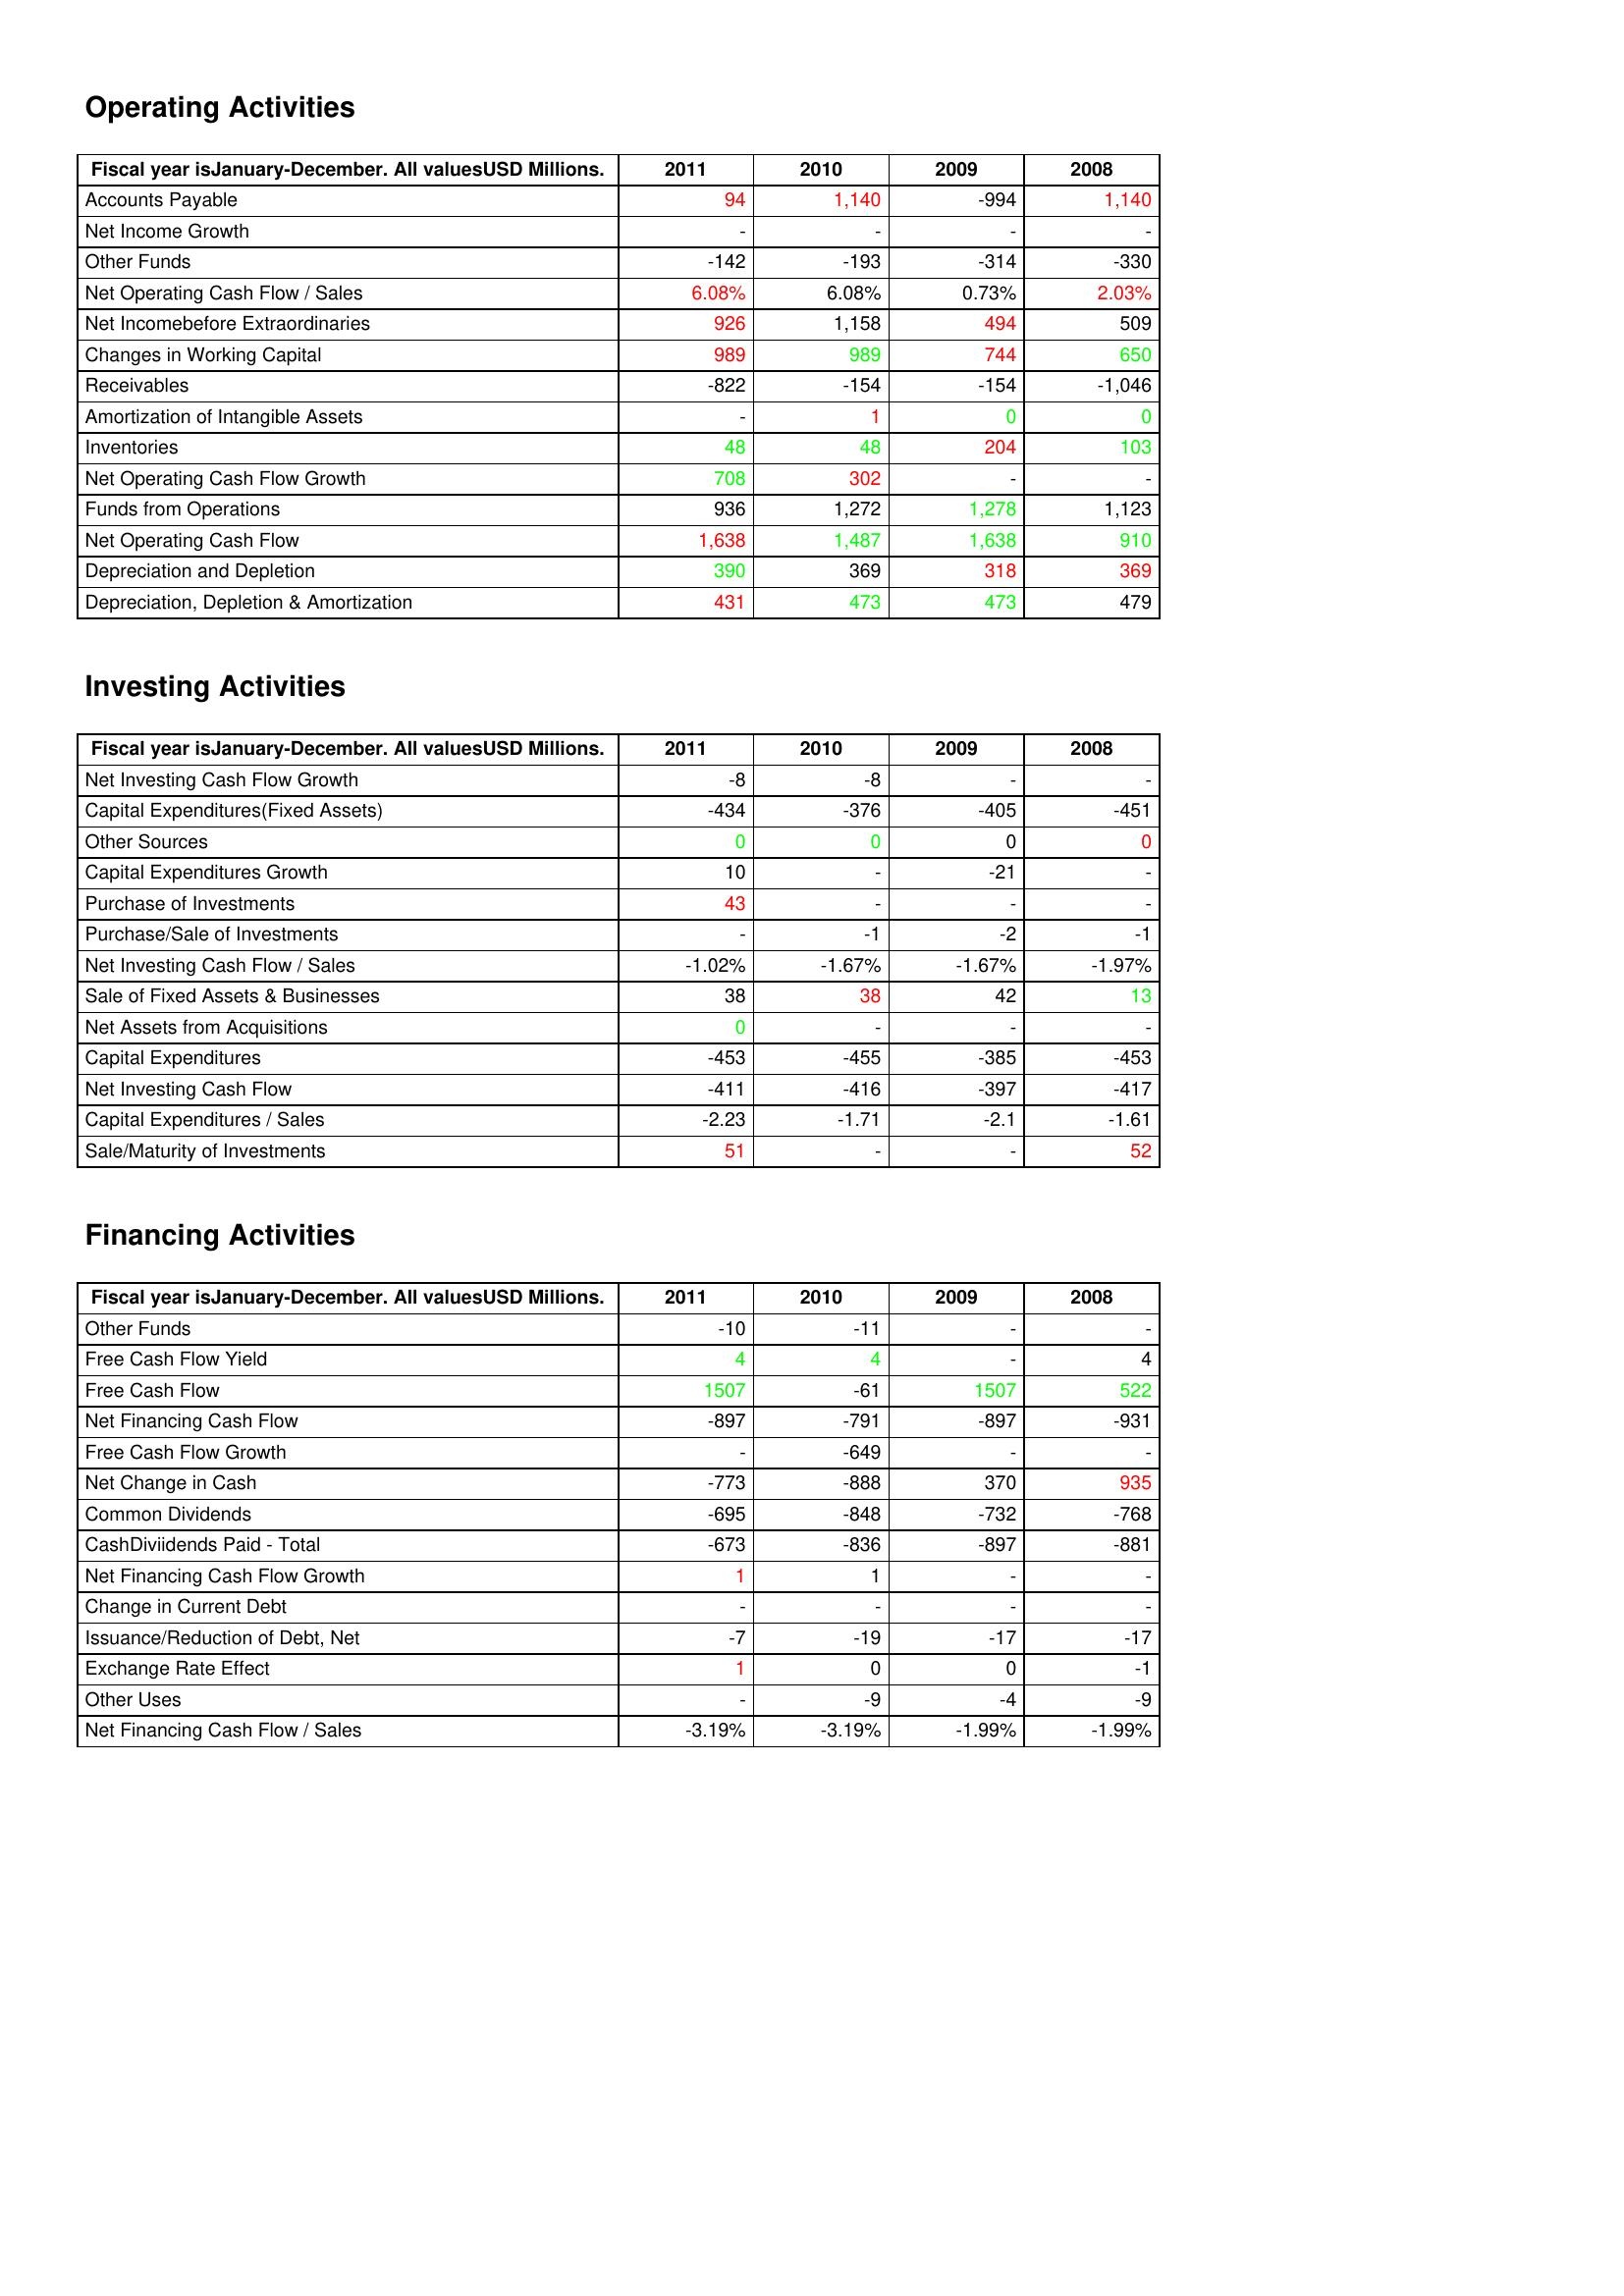
gt_parse: 2011: Operating Activities: Accounts Payable: 94
Net Income Growth: -
Other Funds: -142
Net Operating Cash Flow / Sales: 6.08%
Net Incomebefore Extraordinaries: 926
Changes in Working Capital: 989
Receivables: -822
Amortization of Intangible Assets: -
Inventories: 48
Net Operating Cash Flow Growth: 708
Funds from Operations: 936
Net Operating Cash Flow: 1,638
Depreciation and Depletion: 390
Depreciation, Depletion & Amortization: 431
Investing Activities: Net Investing Cash Flow Growth: -8
Capital Expenditures(Fixed Assets): -434
Other Sources: 0
Capital Expenditures Growth: 10
Purchase of Investments: 43
Purchase/Sale of Investments: -
Net Investing Cash Flow / Sales: -1.02%
Sale of Fixed Assets & Businesses: 38
Net Assets from Acquisitions: 0
Capital Expenditures: -453
Net Investing Cash Flow: -411
Capital Expenditures / Sales: -2.23
Sale/Maturity of Investments: 51
Financing Activities: Other Funds: -10
Free Cash Flow Yield: 4
Free Cash Flow: 1507
Net Financing Cash Flow: -897
Free Cash Flow Growth: -
Net Change in Cash: -773
Common Dividends: -695
CashDiviidends Paid - Total: -673
Net Financing Cash Flow Growth: 1
Change in Current Debt: -
Issuance/Reduction of Debt, Net: -7
Exchange Rate Effect: 1
Other Uses: -
Net Financing Cash Flow / Sales: -3.19%
2010: Operating Activities: Accounts Payable: 1,140
Net Income Growth: -
Other Funds: -193
Net Operating Cash Flow / Sales: 6.08%
Net Incomebefore Extraordinaries: 1,158
Changes in Working Capital: 989
Receivables: -154
Amortization of Intangible Assets: 1
Inventories: 48
Net Operating Cash Flow Growth: 302
Funds from Operations: 1,272
Net Operating Cash Flow: 1,487
Depreciation and Depletion: 369
Depreciation, Depletion & Amortization: 473
Investing Activities: Net Investing Cash Flow Growth: -8
Capital Expenditures(Fixed Assets): -376
Other Sources: 0
Capital Expenditures Growth: -
Purchase of Investments: -
Purchase/Sale of Investments: -1
Net Investing Cash Flow / Sales: -1.67%
Sale of Fixed Assets & Businesses: 38
Net Assets from Acquisitions: -
Capital Expenditures: -455
Net Investing Cash Flow: -416
Capital Expenditures / Sales: -1.71
Sale/Maturity of Investments: -
Financing Activities: Other Funds: -11
Free Cash Flow Yield: 4
Free Cash Flow: -61
Net Financing Cash Flow: -791
Free Cash Flow Growth: -649
Net Change in Cash: -888
Common Dividends: -848
CashDiviidends Paid - Total: -836
Net Financing Cash Flow Growth: 1
Change in Current Debt: -
Issuance/Reduction of Debt, Net: -19
Exchange Rate Effect: 0
Other Uses: -9
Net Financing Cash Flow / Sales: -3.19%
2009: Operating Activities: Accounts Payable: -994
Net Income Growth: -
Other Funds: -314
Net Operating Cash Flow / Sales: 0.73%
Net Incomebefore Extraordinaries: 494
Changes in Working Capital: 744
Receivables: -154
Amortization of Intangible Assets: 0
Inventories: 204
Net Operating Cash Flow Growth: -
Funds from Operations: 1,278
Net Operating Cash Flow: 1,638
Depreciation and Depletion: 318
Depreciation, Depletion & Amortization: 473
Investing Activities: Net Investing Cash Flow Growth: -
Capital Expenditures(Fixed Assets): -405
Other Sources: 0
Capital Expenditures Growth: -21
Purchase of Investments: -
Purchase/Sale of Investments: -2
Net Investing Cash Flow / Sales: -1.67%
Sale of Fixed Assets & Businesses: 42
Net Assets from Acquisitions: -
Capital Expenditures: -385
Net Investing Cash Flow: -397
Capital Expenditures / Sales: -2.1
Sale/Maturity of Investments: -
Financing Activities: Other Funds: -
Free Cash Flow Yield: -
Free Cash Flow: 1507
Net Financing Cash Flow: -897
Free Cash Flow Growth: -
Net Change in Cash: 370
Common Dividends: -732
CashDiviidends Paid - Total: -897
Net Financing Cash Flow Growth: -
Change in Current Debt: -
Issuance/Reduction of Debt, Net: -17
Exchange Rate Effect: 0
Other Uses: -4
Net Financing Cash Flow / Sales: -1.99%
2008: Operating Activities: Accounts Payable: 1,140
Net Income Growth: -
Other Funds: -330
Net Operating Cash Flow / Sales: 2.03%
Net Incomebefore Extraordinaries: 509
Changes in Working Capital: 650
Receivables: -1,046
Amortization of Intangible Assets: 0
Inventories: 103
Net Operating Cash Flow Growth: -
Funds from Operations: 1,123
Net Operating Cash Flow: 910
Depreciation and Depletion: 369
Depreciation, Depletion & Amortization: 479
Investing Activities: Net Investing Cash Flow Growth: -
Capital Expenditures(Fixed Assets): -451
Other Sources: 0
Capital Expenditures Growth: -
Purchase of Investments: -
Purchase/Sale of Investments: -1
Net Investing Cash Flow / Sales: -1.97%
Sale of Fixed Assets & Businesses: 13
Net Assets from Acquisitions: -
Capital Expenditures: -453
Net Investing Cash Flow: -417
Capital Expenditures / Sales: -1.61
Sale/Maturity of Investments: 52
Financing Activities: Other Funds: -
Free Cash Flow Yield: 4
Free Cash Flow: 522
Net Financing Cash Flow: -931
Free Cash Flow Growth: -
Net Change in Cash: 935
Common Dividends: -768
CashDiviidends Paid - Total: -881
Net Financing Cash Flow Growth: -
Change in Current Debt: -
Issuance/Reduction of Debt, Net: -17
Exchange Rate Effect: -1
Other Uses: -9
Net Financing Cash Flow / Sales: -1.99%